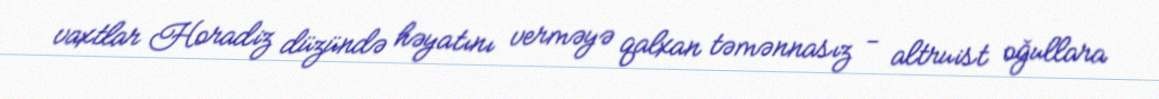
vaxtlar Horadiz düzündə həyatını verməyə qalxan təmənnasız - altruist oğullara